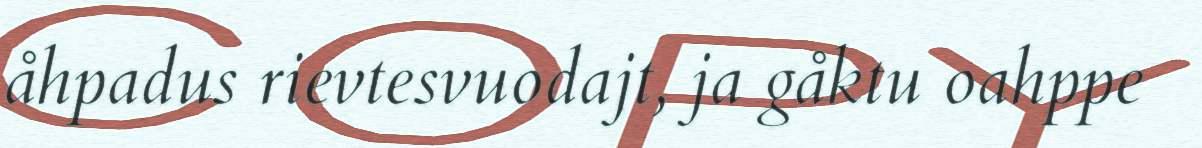
åhpadus rievtesvuodajt, ja gåktu oahppe